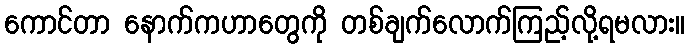
ကောင်တာ နောက်ကဟာတွေကို တစ်ချက်လောက်ကြည့်လို့ရမလား။